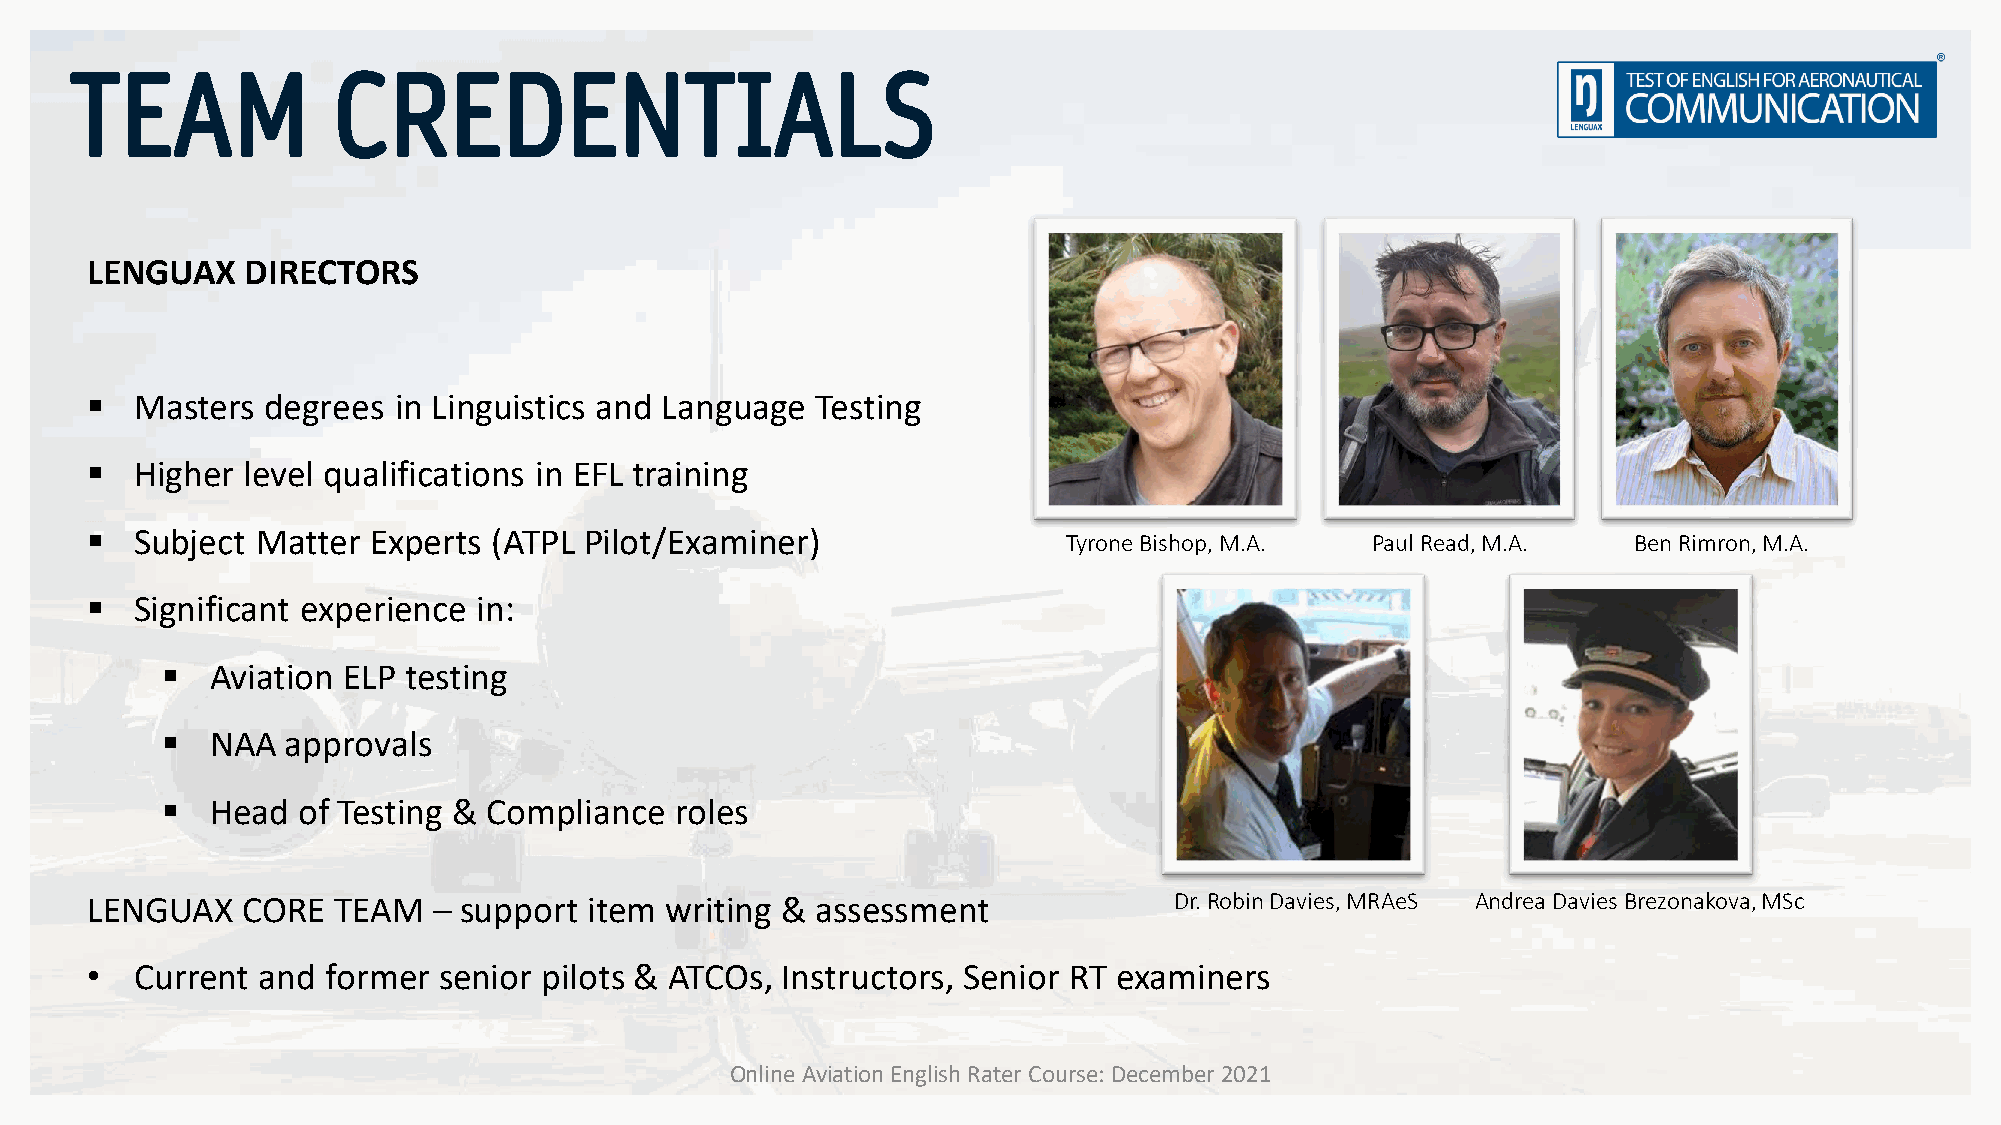
TEAM             CREDENTIALS
 LENGUAX   DIRECTORS
 ▪  Masters  degrees in Linguistics and Language Testing
 ▪  Higher level qualifications in EFL training
 ▪  Subject Matter Experts  (ATPL Pilot/Examiner)                 Tyrone Bishop, M.A. Paul Read, M.A.  Ben Rimron, M.A.
 ▪  Significant experience in:
 ▪  Aviation ELP testing
 ▪  NAA  approvals
 ▪  Head  of Testing & Compliance  roles
 LENGUAX   CORE  TEAM   – support item writing & assessment              Dr.Robin Davies, MRAeS Andrea Davies Brezonakova, MSc
 •  Current and  former senior pilots & ATCOs, Instructors, Senior RT examiners
 Online Aviation English Rater Course: December 2021